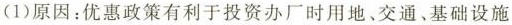
(1)原因：优惠政策有利于投资办厂时用地、交通、基础设施